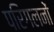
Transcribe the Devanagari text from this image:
परिगलनों